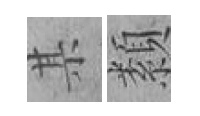
某纇